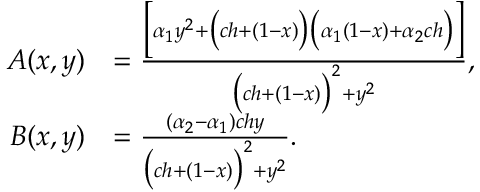
\begin{array} { r l } { A ( x , y ) } & { = \frac { \Bigl [ \alpha _ { 1 } y ^ { 2 } + \bigl ( c h + ( 1 - x ) \bigr ) \bigl ( \alpha _ { 1 } ( 1 - x ) + \alpha _ { 2 } c h \bigr ) \Bigr ] } { \bigl ( c h + ( 1 - x ) \bigr ) ^ { 2 } + y ^ { 2 } } , } \\ { B ( x , y ) } & { = \frac { ( \alpha _ { 2 } - \alpha _ { 1 } ) c h y } { \bigl ( c h + ( 1 - x ) \bigr ) ^ { 2 } + y ^ { 2 } } . } \end{array}